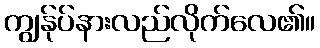
ကျွန်ုပ်နားလည်လိုက်လေ၏။